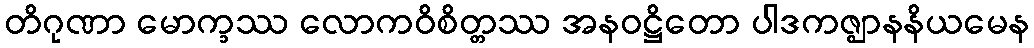
တိဂုဏာ မောက္ခဿ လောကဝိစိတ္တဿ အနဝဋ္ဌိတော ပါဒကဇ္ဈာနနိယမေန